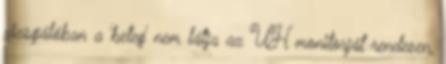
vizsgálóban a 'beteg' nem látja az UH monitorját rendesen,